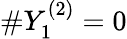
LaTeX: \# Y_{1}^{(2)}=0